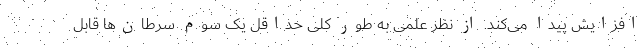
افزایش پیدا می‌کند. از نظر علمی به طور کلی حداقل یک سوم سرطان‌ها قابل